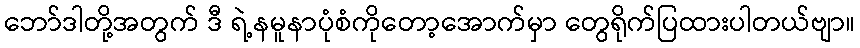
ဘော်ဒါတို့အတွက် ဒီ ရဲ့နမူနာပုံစံကိုတော့အောက်မှာ တွေရိုက်ပြထားပါတယ်ဗျာ။